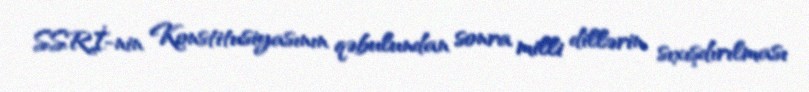
SSRİ-nin Konstitusiyasının qəbulundan sonra milli dillərin sıxışdırılması